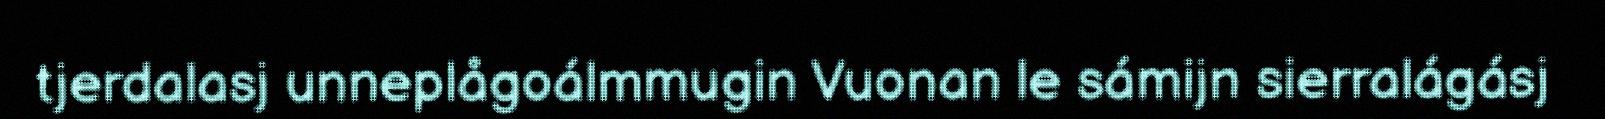
tjerdalasj unneplågoálmmugin Vuonan le sámijn sierralágásj